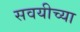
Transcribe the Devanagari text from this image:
सवयीच्या